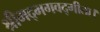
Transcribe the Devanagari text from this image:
श्रीमद्भगवद्गीता।